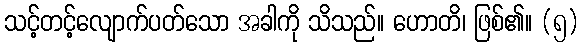
သင့်တင့်လျောက်ပတ်သော အခါကို သိသည်။ ဟောတိ၊ ဖြစ်၏။ (၅)